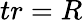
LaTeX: tr=R